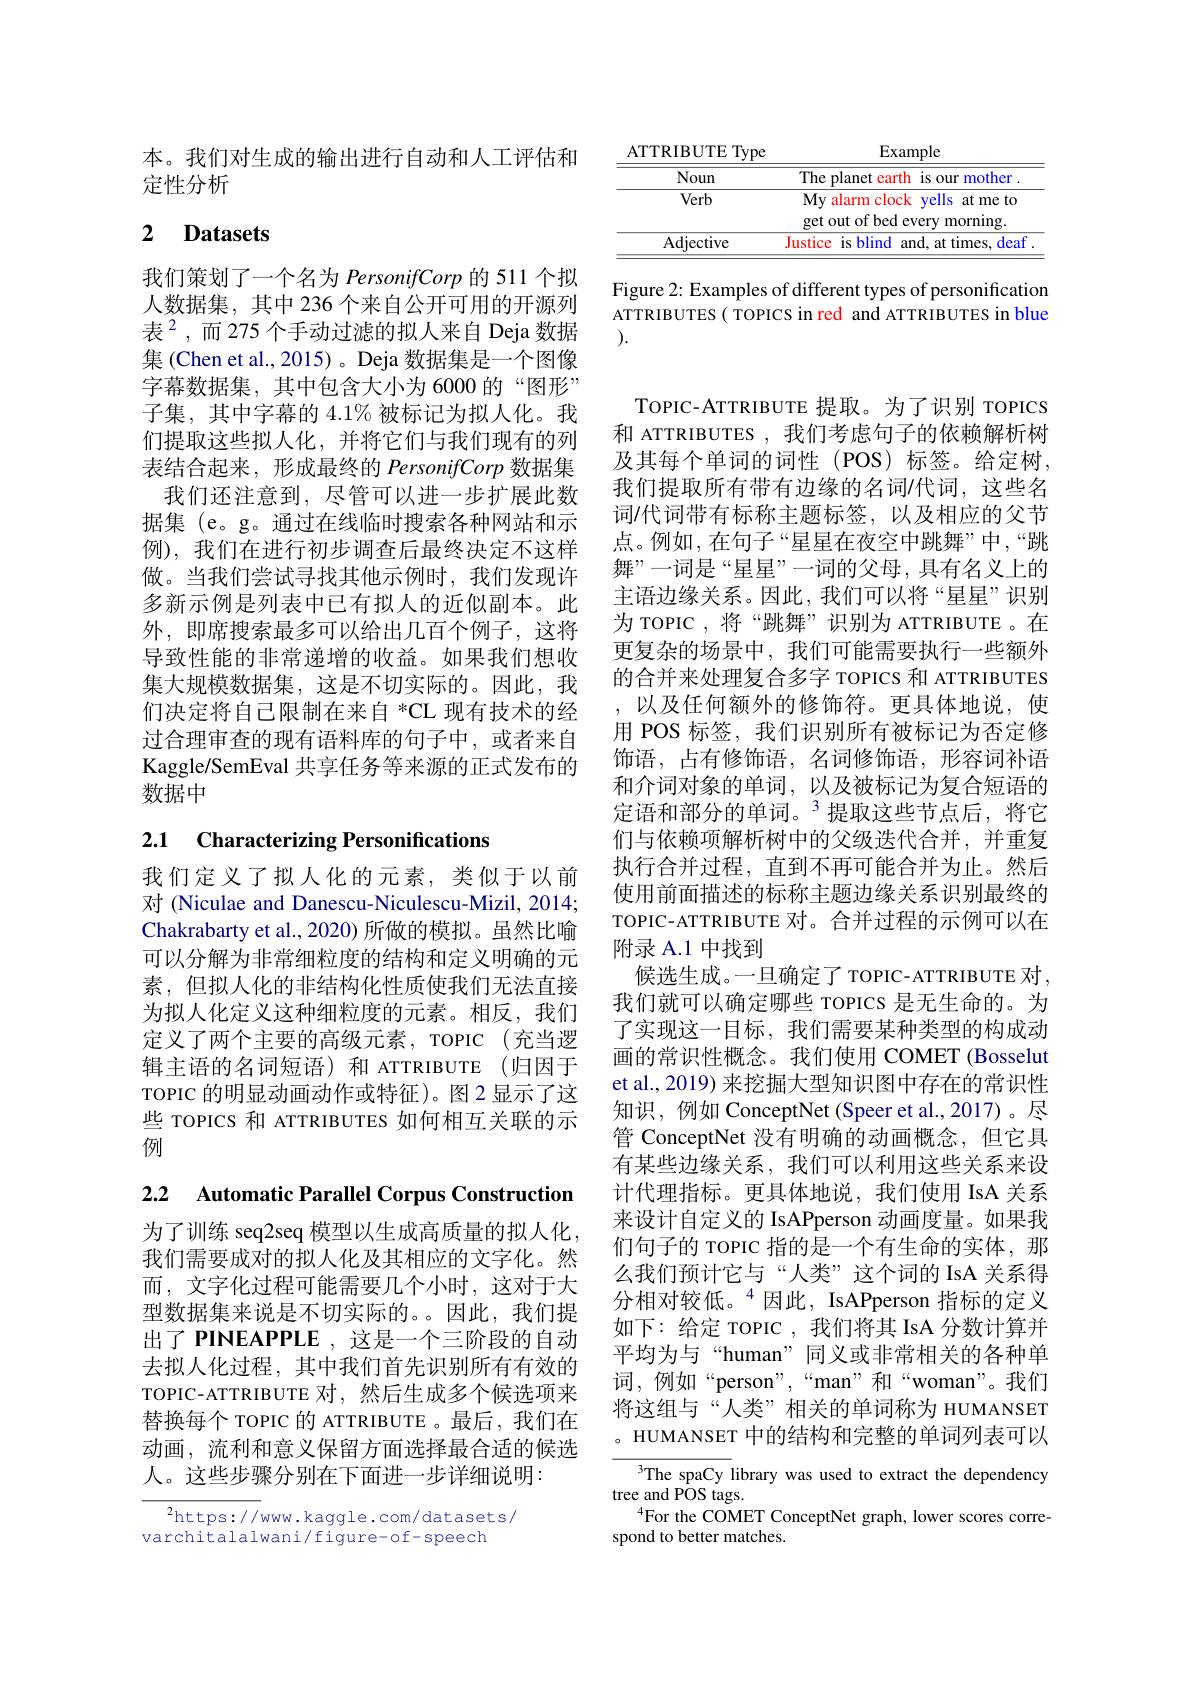
本。我们对生成的输出进行自动和人工评估和
定性分析

# 2 Datasets

我们策划了一个名为 PersonifCorp 的 511 个拟人数据集，其中 236 个来自公开可用的开源列表$^{2}$,而275 个手动过滤的拟人来自 Deja 数据集 (Chen et al., 2015) 。Deja 数据集是一个图像字幕数据集，其中包含大小为 6000的“图形” 子集，其中字幕的 4.1%被标记为拟人化。我们提取这些拟人化，并将它们与我们现有的列表结合起来，形成最终的 PersonifCorp 数据集
我们还注意到，尽管可以进一步扩展此数据集 (e。g。通过在线临时搜索各种网站和示例),我们在进行初步调查后最终决定不这样做。当我们尝试寻找其他示例时，我们发现许多新示例是列表中已有拟人的近似副本。此外，即席搜索最多可以给出几百个例子，这将导致性能的非常递增的收益。如果我们想收集大规模数据集，这是不切实际的。因此，我们决定将自己限制在来自 *CL 现有技术的经过合理审查的现有语料库的句子中，或者来自Kaggle/SemEval 共享任务等来源的正式发布的数据中

## 2.1 Characterizing Personifications

我们定义了拟人化的元素，类似于以前对 (Niculae and Danescu-Niculescu-Mizil, 2014; Chakrabarty et al., 2020) 所做的模拟。虽然比喻可以分解为非常细粒度的结构和定义明确的元素，但拟人化的非结构化性质使我们无法直接为拟人化定义这种细粒度的元素。相反，我们定义了两个主要的高级元素，TOPIC(充当逻辑主语的名词短语)和 ATTRIBUTE (归因于TOPIC 的明显动画动作或特征)。图2 显示了这些 TOPICS 和 ATTRIBUTES 如何相互关联的示例

2.2 Automatic Parallel Corpus Construction

为了训练 seq2seq 模型以生成高质量的拟人化， 我们需要成对的拟人化及其相应的文字化。然而，文字化过程可能需要几个小时，这对于大型数据集来说是不切实际的。因此，我们提出了 PINEAPPLE ,这是一个三阶段的自动去拟人化过程，其中我们首先识别所有有效的TOPIC-ATTRIBUTE 对，然后生成多个候选项来替换每个 TOPIC 的 ATTRIBUTE 。最后，我们在动画，流利和意义保留方面选择最合适的候选人。这些步骤分别在下面进一步详细说明：

$^2$https://www.kaggle.com/datasets/
varchitalalwani/figure-of-speech

<table>
	<tbody>
		<tr>
			<th>Noun</th>
			<th>The planet earth is our mother</th>
		</tr>
		<tr>
			<td>Verb</td>
			<td>$My$ $I:$ alarm clock k yells at me to get out of bed every morning.</td>
		</tr>
		<tr>
			<td>Adjective</td>
			<td>Justice is blind and, at times, deaf</td>
		</tr>
	</tbody>
</table>

Figure 2: Examples of different types of personification ATTRIBUTES ( TOPICS in red and ATTRIBUTES in blue ).

TOPIC-ATTRIBUTE 提取。为了识别 TOPICS 和 ATTRIBUTES , 我们考虑句子的依赖解析树及其每个单词的词性(POS)标签。给定树， 我们提取所有带有边缘的名词/代词，这些名词/代词带有标称主题标签，以及相应的父节点。例如，在句子“星星在夜空中跳舞”中，“跳舞”一词是“星星”一词的父母，具有名义上的主语边缘关系。因此，我们可以将“星星”识别为 TOPIC , 将“跳舞”识别为 ATTRIBUTE 。在更复杂的场景中，我们可能需要执行一些额外的合并来处理复合多字 TOPICS 和 ATTRIBUTES
以及任何额外的修饰符。更具体地说，使用 POS 标签，我们识别所有被标记为否定修饰语，占有修饰语，名词修饰语，形容词补语和介词对象的单词，以及被标记为复合短语的定语和部分的单词。$^3$提取这些节点后，将它们与依赖项解析树中的父级迭代合并，并重复执行合并过程，直到不再可能合并为止。然后使用前面描述的标称主题边缘关系识别最终的TOPIC-ATTRIBUTE 对。合并过程的示例可以在附录 A.1 中找到
候选生成。一旦确定了 TOPIC-ATTRIBUTE 对， 我们就可以确定哪些 TOPICS 是无生命的。为了实现这一目标，我们需要某种类型的构成动画的常识性概念。我们使用 COMET (Bosselut et al., 2019) 来挖掘大型知识图中存在的常识性知识，例如 ConceptNet (Speer et al.,2017)。尽管 ConceptNet 没有明确的动画概念，但它具有某些边缘关系，我们可以利用这些关系来设计代理指标。更具体地说，我们使用 IsA 关系来设计自定义的 IsAPperson 动画度量。如果我们句子的 TOPIC 指的是一个有生命的实体，那么我们预计它与“人类”这个词的 IsA 关系得分相对较低。$^{4}$因此，IsAPperson 指标的定义如下：给定 TOPIC ,我们将其 IsA 分数计算并平均为与“human”同义或非常相关的各种单词，例如“person”,“man”和“woman”。我们将这组与“人类”相关的单词称为 HUMANSET 。HUMANSET 中的结构和完整的单词列表可以
${^3\text{The spaCy }}$library was used to extract the dependency
tree and POS tags.

$^{4}$For the COMET ConceptNet graph, lower scores corre-
spond to better matches.